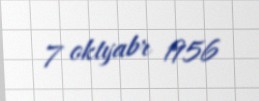
7 oktyabr 1956